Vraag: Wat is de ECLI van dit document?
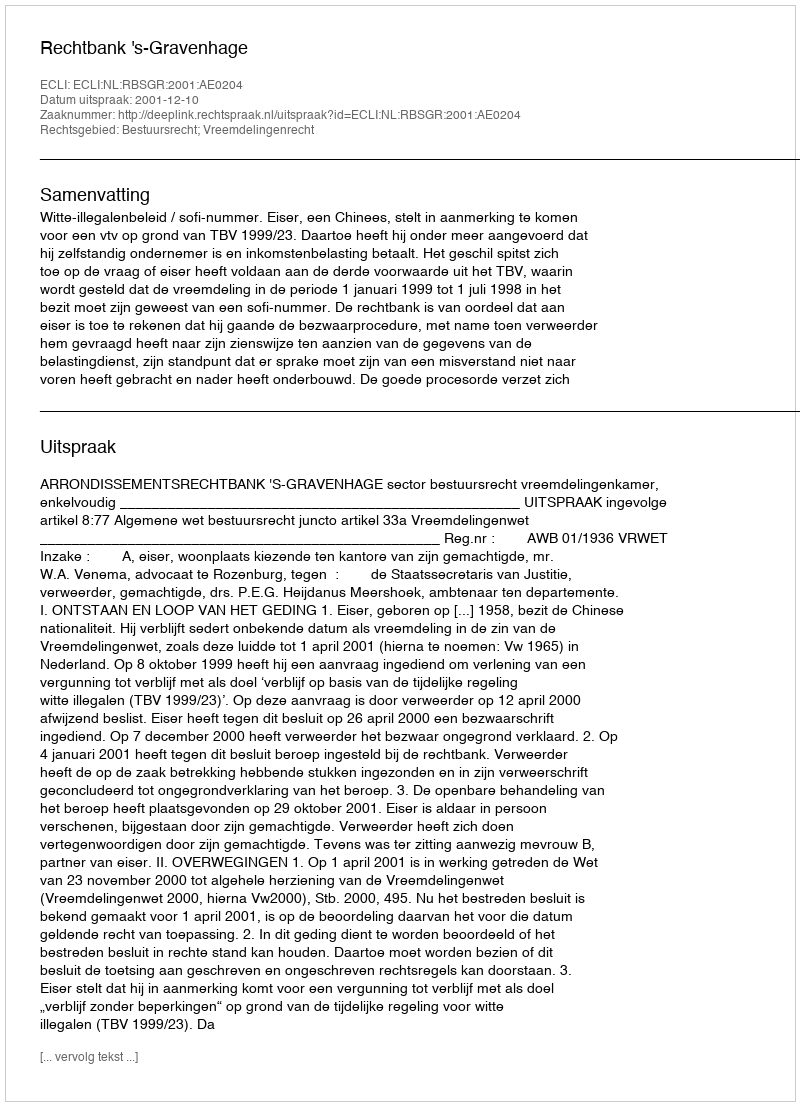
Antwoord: ECLI:NL:RBSGR:2001:AE0204